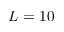
L = 1 0